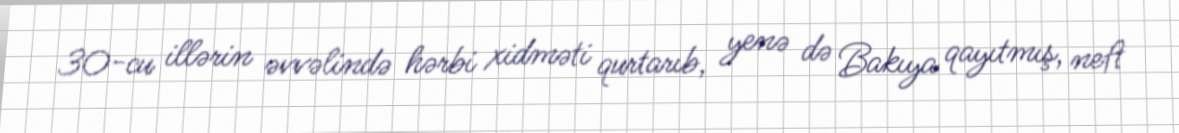
30-cu illərin əvvəlində hərbi xidməti qurtarıb, yenə də Bakıya qayıtmış, neft